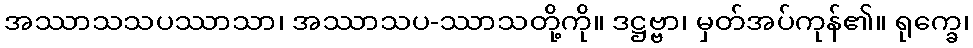
အဿာသသပဿာသာ၊ အဿာသပ-ဿာသတို့ကို။ ဒဋ္ဌဗ္ဗာ၊ မှတ်အပ်ကုန်၏။ ရုက္ခေ၊